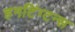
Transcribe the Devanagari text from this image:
हनटिंग्टन्स